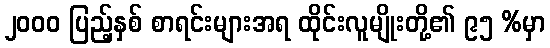
၂၀၀၀ ပြည့်နှစ် စာရင်းများအရ ထိုင်းလူမျိုးတို့၏ ၉၅ %မှာ